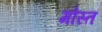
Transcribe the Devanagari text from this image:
मोस्त